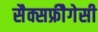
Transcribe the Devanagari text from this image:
सैक्सफ्रीैगेसी